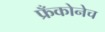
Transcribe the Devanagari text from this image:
फ्रँकोनेच